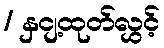
/ နှငျ့ထုတ်လွှင့်